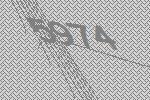
5974